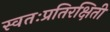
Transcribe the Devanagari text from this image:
स्वतःप्रतिरक्षिती